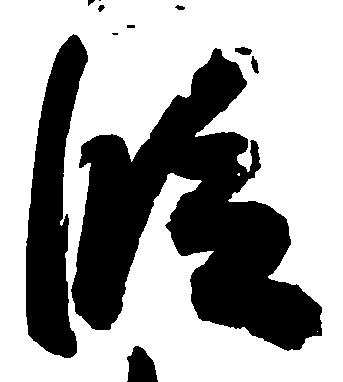
段